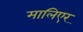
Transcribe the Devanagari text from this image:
मालिएर